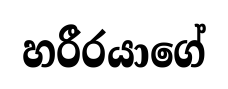
හරීරයාගේ